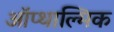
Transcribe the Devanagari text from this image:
ऑप्थाल्मिक